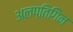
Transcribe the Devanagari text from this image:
अलप्तिगिन